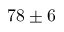
7 8 \pm 6